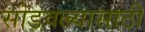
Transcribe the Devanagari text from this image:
सोडवल्यासाठी